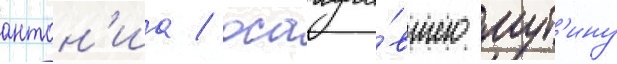
антон'иа / осажда́вшего мут'ину